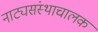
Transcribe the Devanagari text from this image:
नाट्यसंस्थाचालक